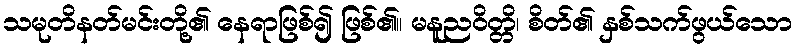
သမုတိနတ်မင်းတို့၏ နေရာဖြစ်၍ ဖြစ်၏။ မနူညဝိတ္တိ၊ စိတ်၏ နှစ်သက်ဖွယ်သော